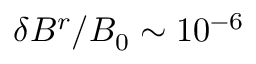
\delta B ^ { r } / B _ { 0 } \sim 1 0 ^ { - 6 }